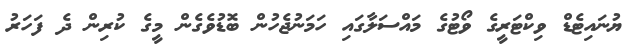
ޔުނައިޓެޑް ވިކްޓަރީގެ ވޯޓުގެ މައްސަލާގައި ހަމަނުޖެހުން ބޮޑުވެގެން މީގެ ކުރިން ދެ ފަހަރު